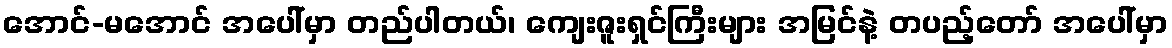
အောင်-မအောင် အပေါ်မှာ တည်ပါတယ်၊ ကျေးဇူးရှင်ကြီးများ အမြင်နဲ့ တပည့်တော် အပေါ်မှာ